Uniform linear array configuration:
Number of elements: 8
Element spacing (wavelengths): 0.5
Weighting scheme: cosine
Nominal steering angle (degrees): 45
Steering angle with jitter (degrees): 46.424
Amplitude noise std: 0.05
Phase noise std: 0.05

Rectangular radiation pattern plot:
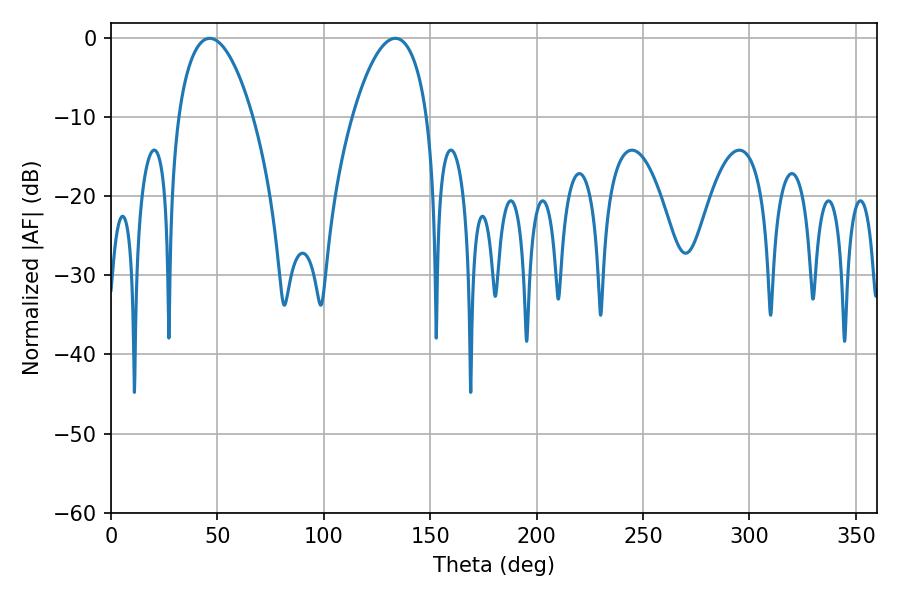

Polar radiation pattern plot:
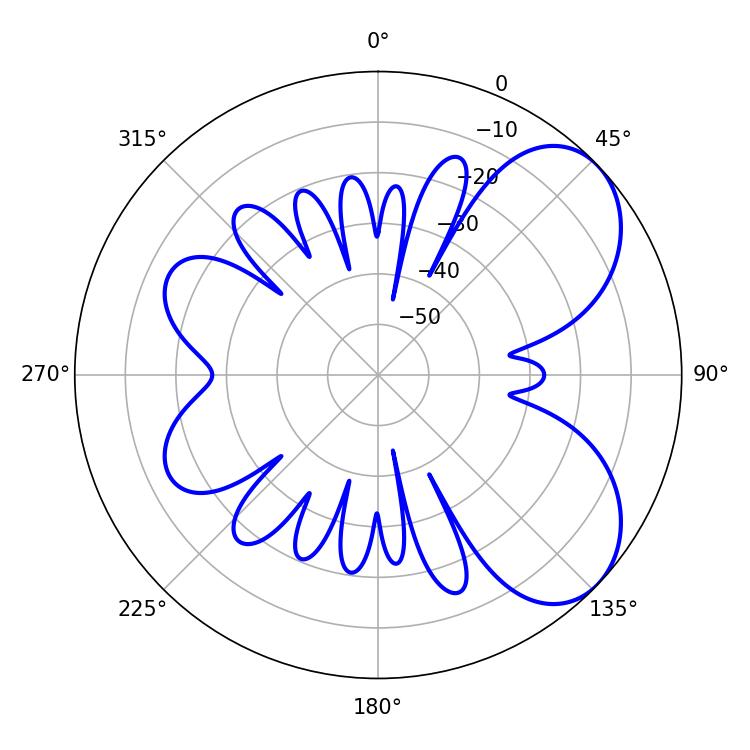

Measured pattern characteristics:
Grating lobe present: FALSE
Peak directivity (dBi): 5.94
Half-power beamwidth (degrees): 19.62
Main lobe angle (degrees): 46.44